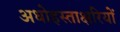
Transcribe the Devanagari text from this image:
अधोहस्ताक्षरियों